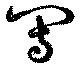
冩